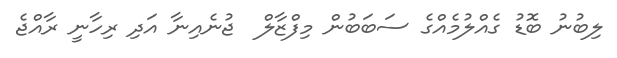
ލިބުނު ބޮޑު ގެއްލުމެއްގެ ސަބަބުން މިފްޒާލް  ޖުނެއިނާ އަދި ރިހާނީ ރާއްޖެ